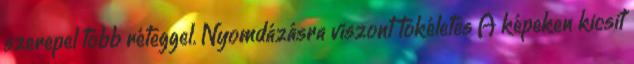
szerepel több réteggel. Nyomdázásra viszont tökéletes A képeken kicsit